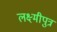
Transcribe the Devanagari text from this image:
लक्ष्मीपुत्र